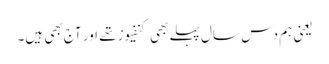
یعنی ہم دس سال پہلے بھی کنفیوز تھے اور آج بھی ہیں۔